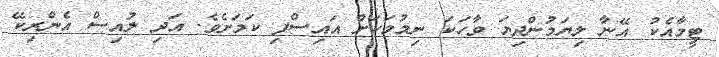
ޓީމާއެކު އޭނާ ލިޔަމުންދިޔަ ވާހަކަ ނިމުމަކަށް އައިސްފި ކަމަށެވެ. އަދި ލުއިސް އެންރިކޭ